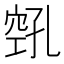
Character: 𫁎